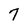
Character: 7